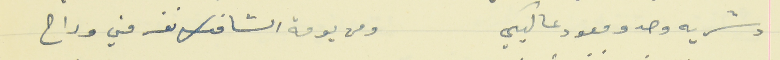
دشريه وحدو معود عاليكي                                          ومن يومة الشافك نفر مني وراح